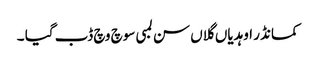
کمانڈر اوہدیاں گلاں سن لمبی سوچ وچ ڈب گیا ۔